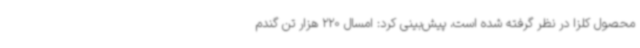
محصول کلزا در نظر گرفته شده است، پیش‌بینی کرد: امسال 220 هزار تن گندم